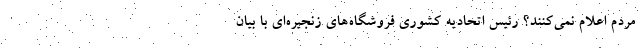
مردم اعلام نمي‌كنند؟ رئيس اتحاديه كشوري فروشگاه‌هاي زنجيره‌اي با بيان